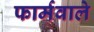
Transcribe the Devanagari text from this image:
फार्मवाले